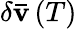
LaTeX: {\delta{\mathbf{\bar{v}}}\left(T\right)}